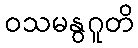
ဝသမနွဂူတိ